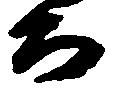
而